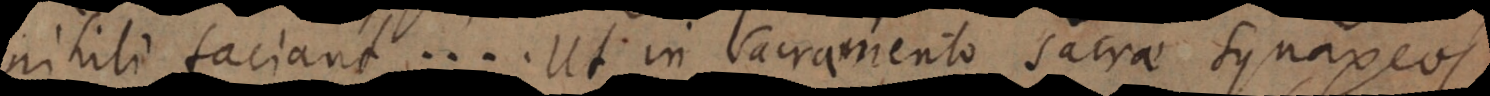
nihili faciant..... Ut in sacramento sacrae synaxeos